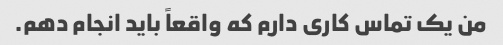
من یک تماس کاری دارم که واقعاً باید انجام دهم.